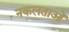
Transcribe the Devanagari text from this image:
नकलताओं